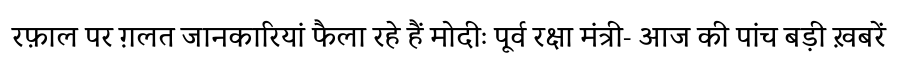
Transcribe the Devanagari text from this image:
रफ़ाल पर ग़लत जानकारियां फैला रहे हैं मोदीः पूर्व रक्षा मंत्री- आज की पांच बड़ी ख़बरें